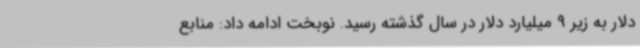
دلار به زیر 9 میلیارد دلار در سال گذشته رسید. نوبخت ادامه داد: منابع